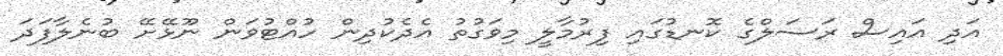
އަދި އައިސް ރަސަލްގެ ކޮނޑުގައި ފިރުމާލީ މިވަގުތު އެދެކުދިން ހުއްޓުވަން ނޫޅޭށޭ ބުނެލާފަދަ